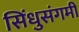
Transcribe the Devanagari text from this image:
सिंधुसंगमीं